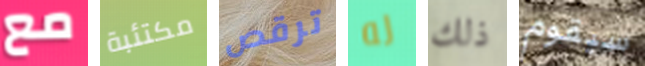
مع مكتئبة ترقص له ذلك سيقوم